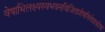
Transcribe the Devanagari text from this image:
वेषाभिलक्ष्यस्वभवनविजिताशेषवित्तेशकोषा